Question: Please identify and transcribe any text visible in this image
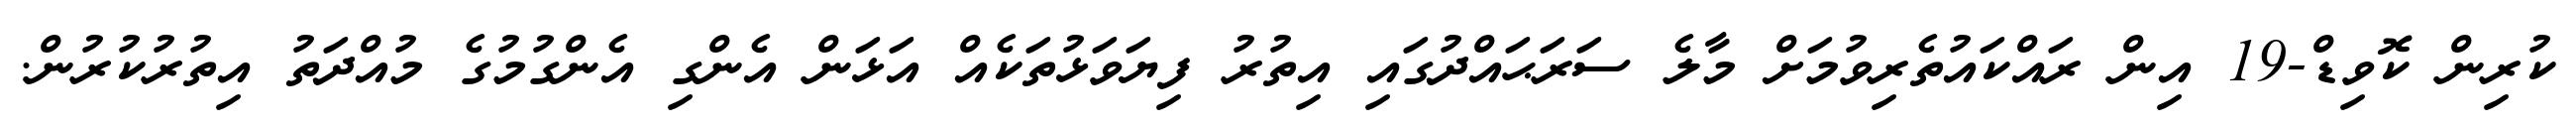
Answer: ކުރިން ކޮވިޑް-19 އިން ރައްކައުތެރިވުމަށް މާލެ ސަރަޙައްދުގައި އިތުރު ފިޔަވަޅުތަކެއް އަޅަން އެންގި އެންގުމުގެ މުއްދަތު އިތުރުކުރުން.